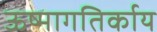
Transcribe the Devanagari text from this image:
ऊष्मागतिर्काय